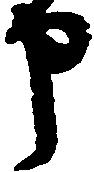
申